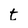
Character: t